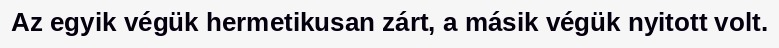
Az egyik végük hermetikusan zárt, a másik végük nyitott volt.